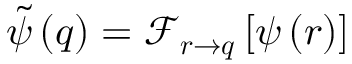
\tilde { \psi } \left( \boldsymbol { q } \right) = \mathcal { F } _ { \boldsymbol { r } \rightarrow \boldsymbol { q } } \left[ \psi \left( \boldsymbol { r } \right) \right]